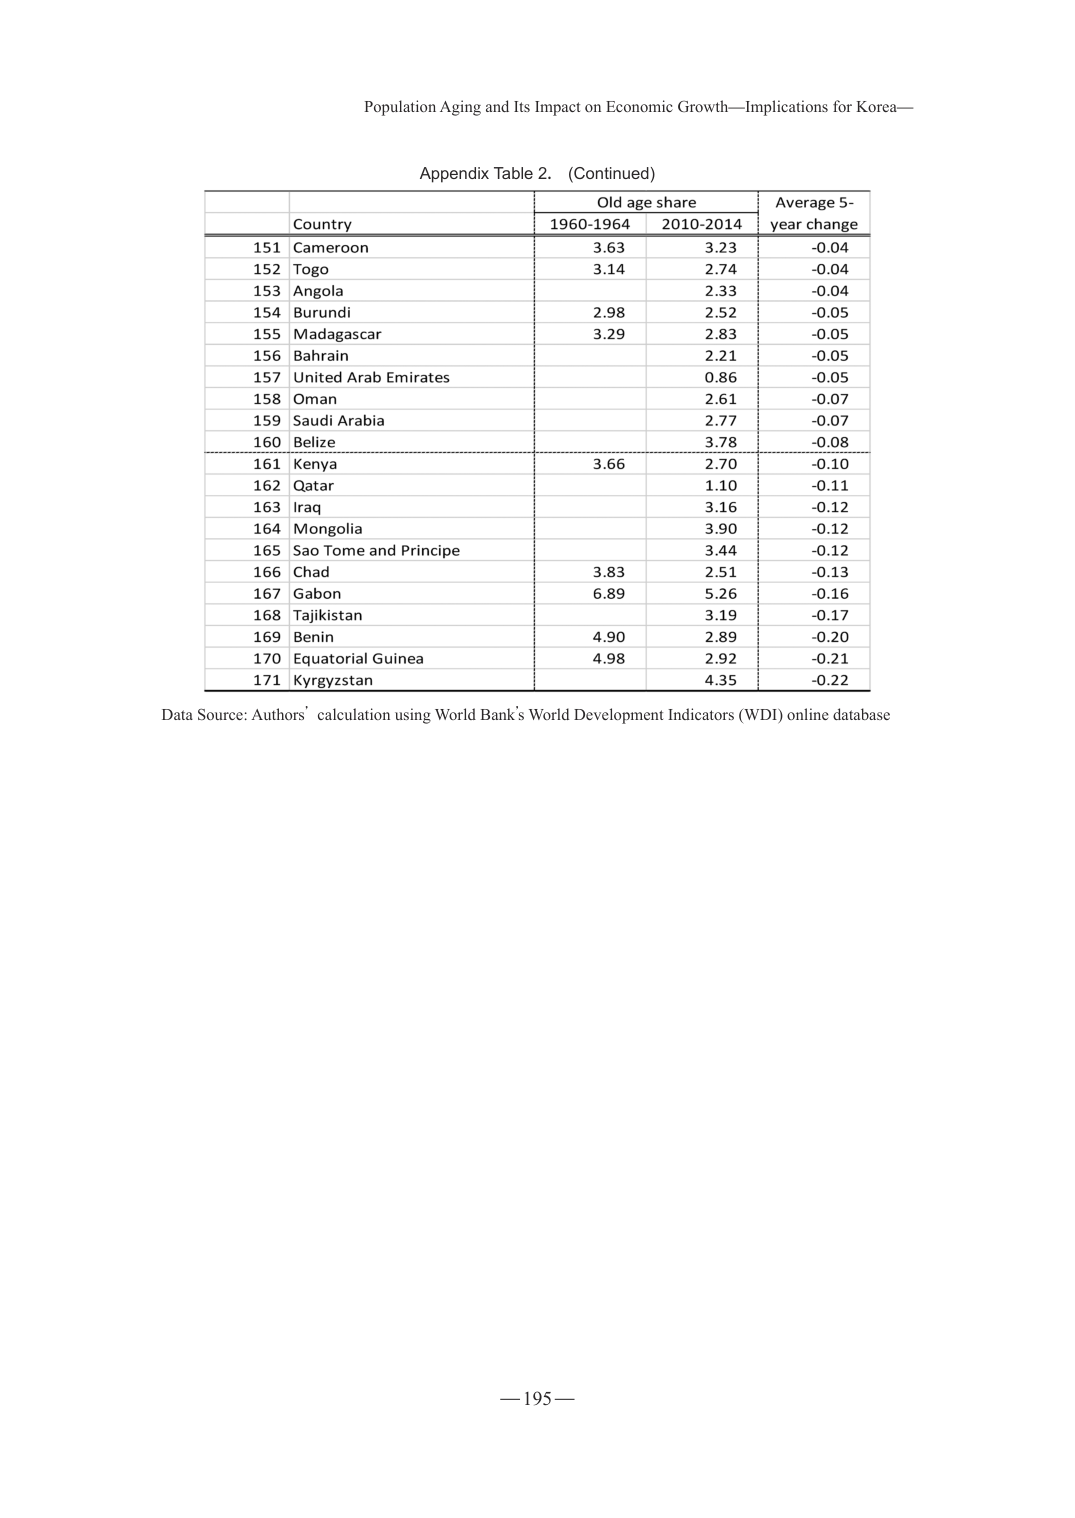
Population Aging and Its Impact on Economic Growth—Implications for Korea—

Appendix Table 2. (Continued)

Country	Old age share	Average 5-year change
	1960-1964	2010-2014

151 Cameroon	3.63	3.23	-0.04
152 Togo	3.14	2.74	-0.04
153 Angola		2.33	-0.04
154 Burundi	2.98	2.52	-0.05
155 Madagascar	3.29	2.83	-0.05
156 Bahrain		2.21	-0.05
157 United Arab Emirates		0.86	-0.05
158 Oman		2.61	-0.07
159 Saudi Arabia		2.77	-0.07
160 Belize		3.78	-0.08
161 Kenya	3.66	2.70	-0.10
162 Qatar		1.10	-0.11
163 Iraq		3.16	-0.12
164 Mongolia		3.90	-0.12
165 Sao Tome and Principe		3.44	-0.12
166 Chad	3.83	2.51	-0.13
167 Gabon	6.89	5.26	-0.16
168 Tajikistan		3.19	-0.17
169 Benin	4.90	2.89	-0.20
170 Equatorial Guinea	4.98	2.92	-0.21
171 Kyrgyzstan		4.35	-0.22

Data Source: Authors’ calculation using World Bank’s World Development Indicators (WDI) online database

— 195 —